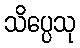
သိပ္ပေသု